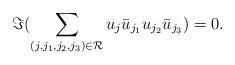
LaTeX: \begin{align*} \Im ( \sum_{(j,j_1,j_2,j_3) \in \mathcal{R}}u_j \bar{u}_{j_1}u_{j_2}\bar{u}_{j_3} )=0.\end{align*}